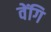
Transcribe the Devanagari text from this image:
वेंगि